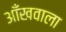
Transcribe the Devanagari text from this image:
आँखवाला